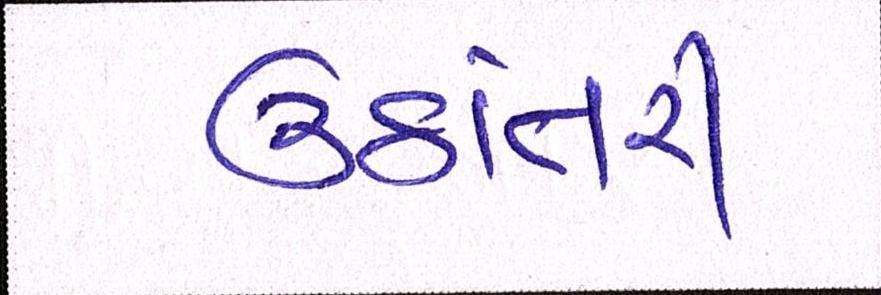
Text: ઉઠાંતરી